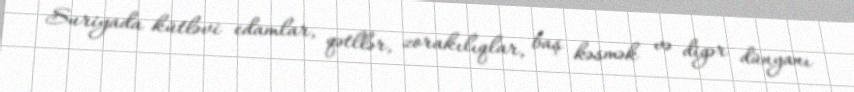
Suriyada kütləvi edamlar, qətllər, zorakılıqlar, baş kəsmək və digər dünyanı